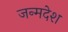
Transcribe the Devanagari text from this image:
जन्मदेश